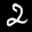
Label: 2